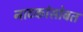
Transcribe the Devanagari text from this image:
नाटकांसोबत